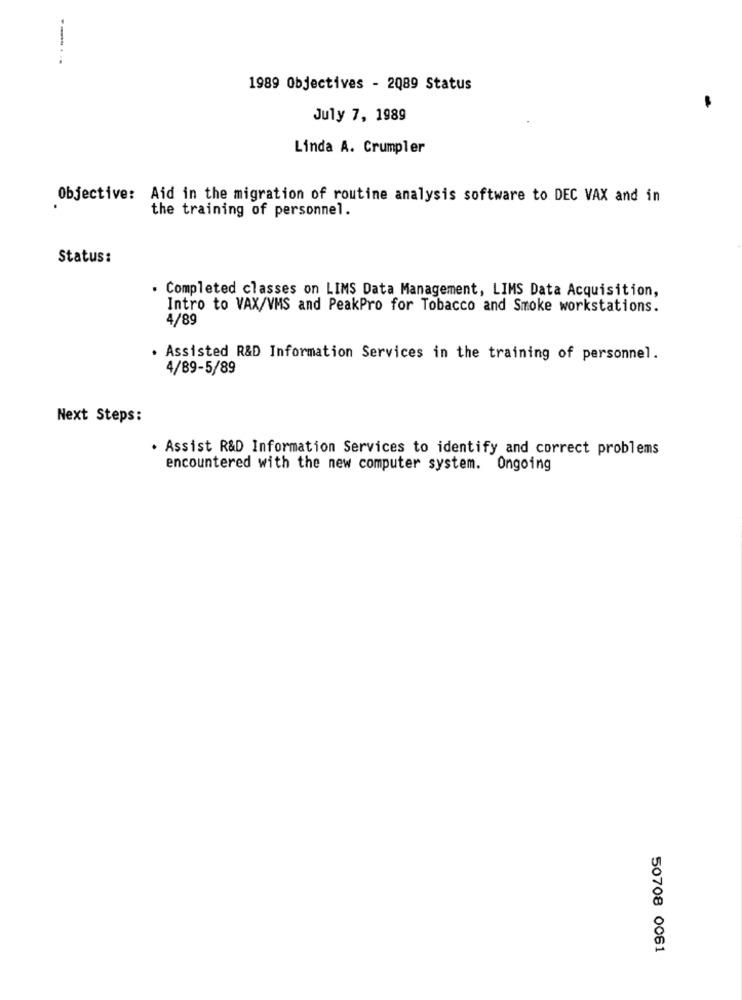
1989 Objectives - 2089 Status
July 7, 1989
Linda A. Crumpler
Objective: Aid in the migration of routine analysis software to DEC VAX and in
the training of personnel.
Status:
. Completed classes on LIMS Data Management, LIMS Data Acquisition,
Intro to VAX/VMS and PeakPro for Tobacco and Smoke workstations.
4/89
· Assisted R&D Information Services in the training of personnel.
4/89-5/89
Next Steps:
· Assist R&D Information Services to identify and correct problems
encountered with the new computer system. Ongoing
50708 0061